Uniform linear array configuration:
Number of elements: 64
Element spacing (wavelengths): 0.25
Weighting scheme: hamming
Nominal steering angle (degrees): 45
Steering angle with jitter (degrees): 44.65
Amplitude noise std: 0.05
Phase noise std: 0.05

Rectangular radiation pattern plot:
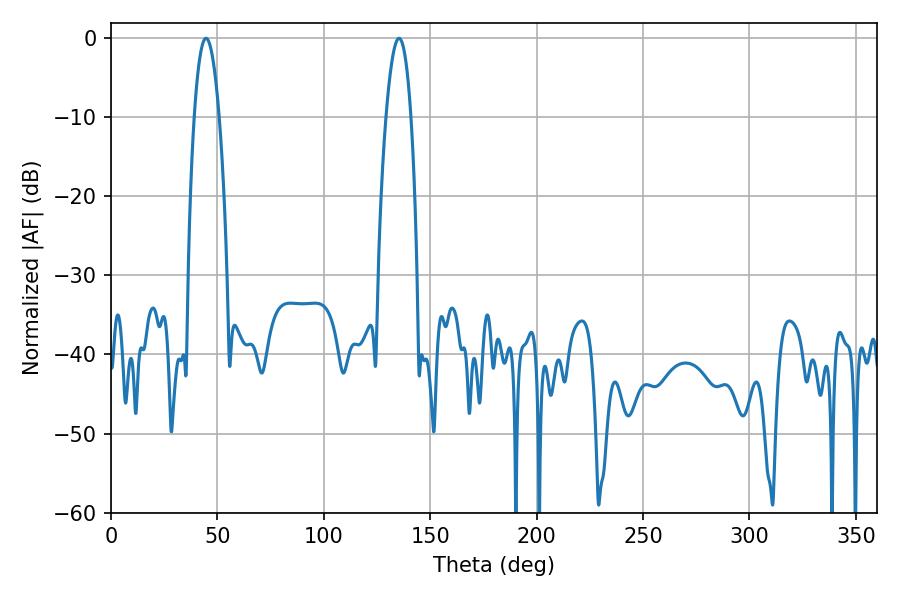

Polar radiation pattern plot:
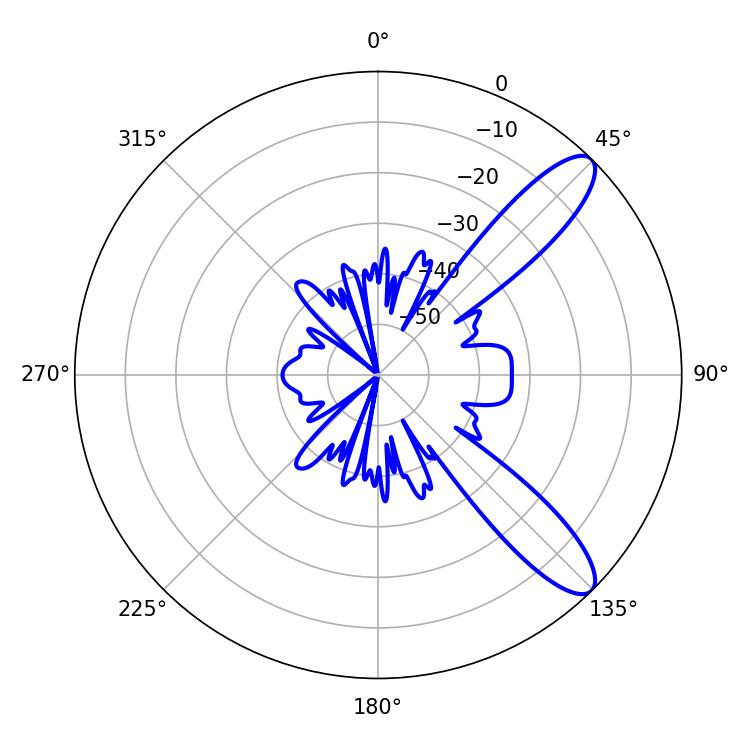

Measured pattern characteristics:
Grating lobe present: FALSE
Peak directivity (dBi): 10.667
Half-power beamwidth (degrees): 6.48
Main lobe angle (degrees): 44.64